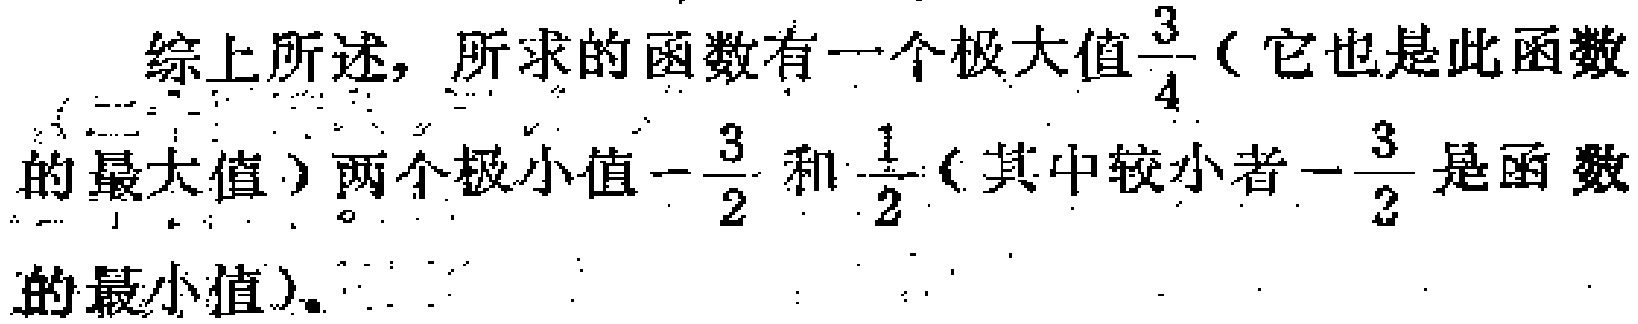
综上所述，所求的函数有一个极大值$\frac{3}{4}$（它也是此函数的最大值）两个极小值$-\frac{3}{2}$和$\frac{1}{2}$（其中较小者$-\frac{3}{2}$是函数的最小值）。